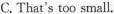
C. That's too small.